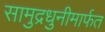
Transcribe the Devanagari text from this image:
सामुद्रधुनीमार्फत